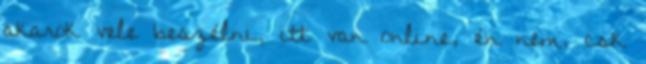
akarok vele beszélni, itt van online, én nem, csk